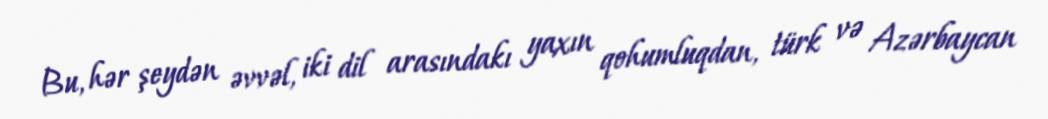
Bu, hər şeydən əvvəl, iki dil arasındakı yaxın qohumluqdan, türk və Azərbaycan